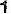
1